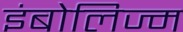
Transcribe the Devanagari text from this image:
इंबोलिज्म